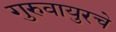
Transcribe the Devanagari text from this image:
गुरुवायुरचे